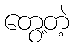
တွေ့တဲ့